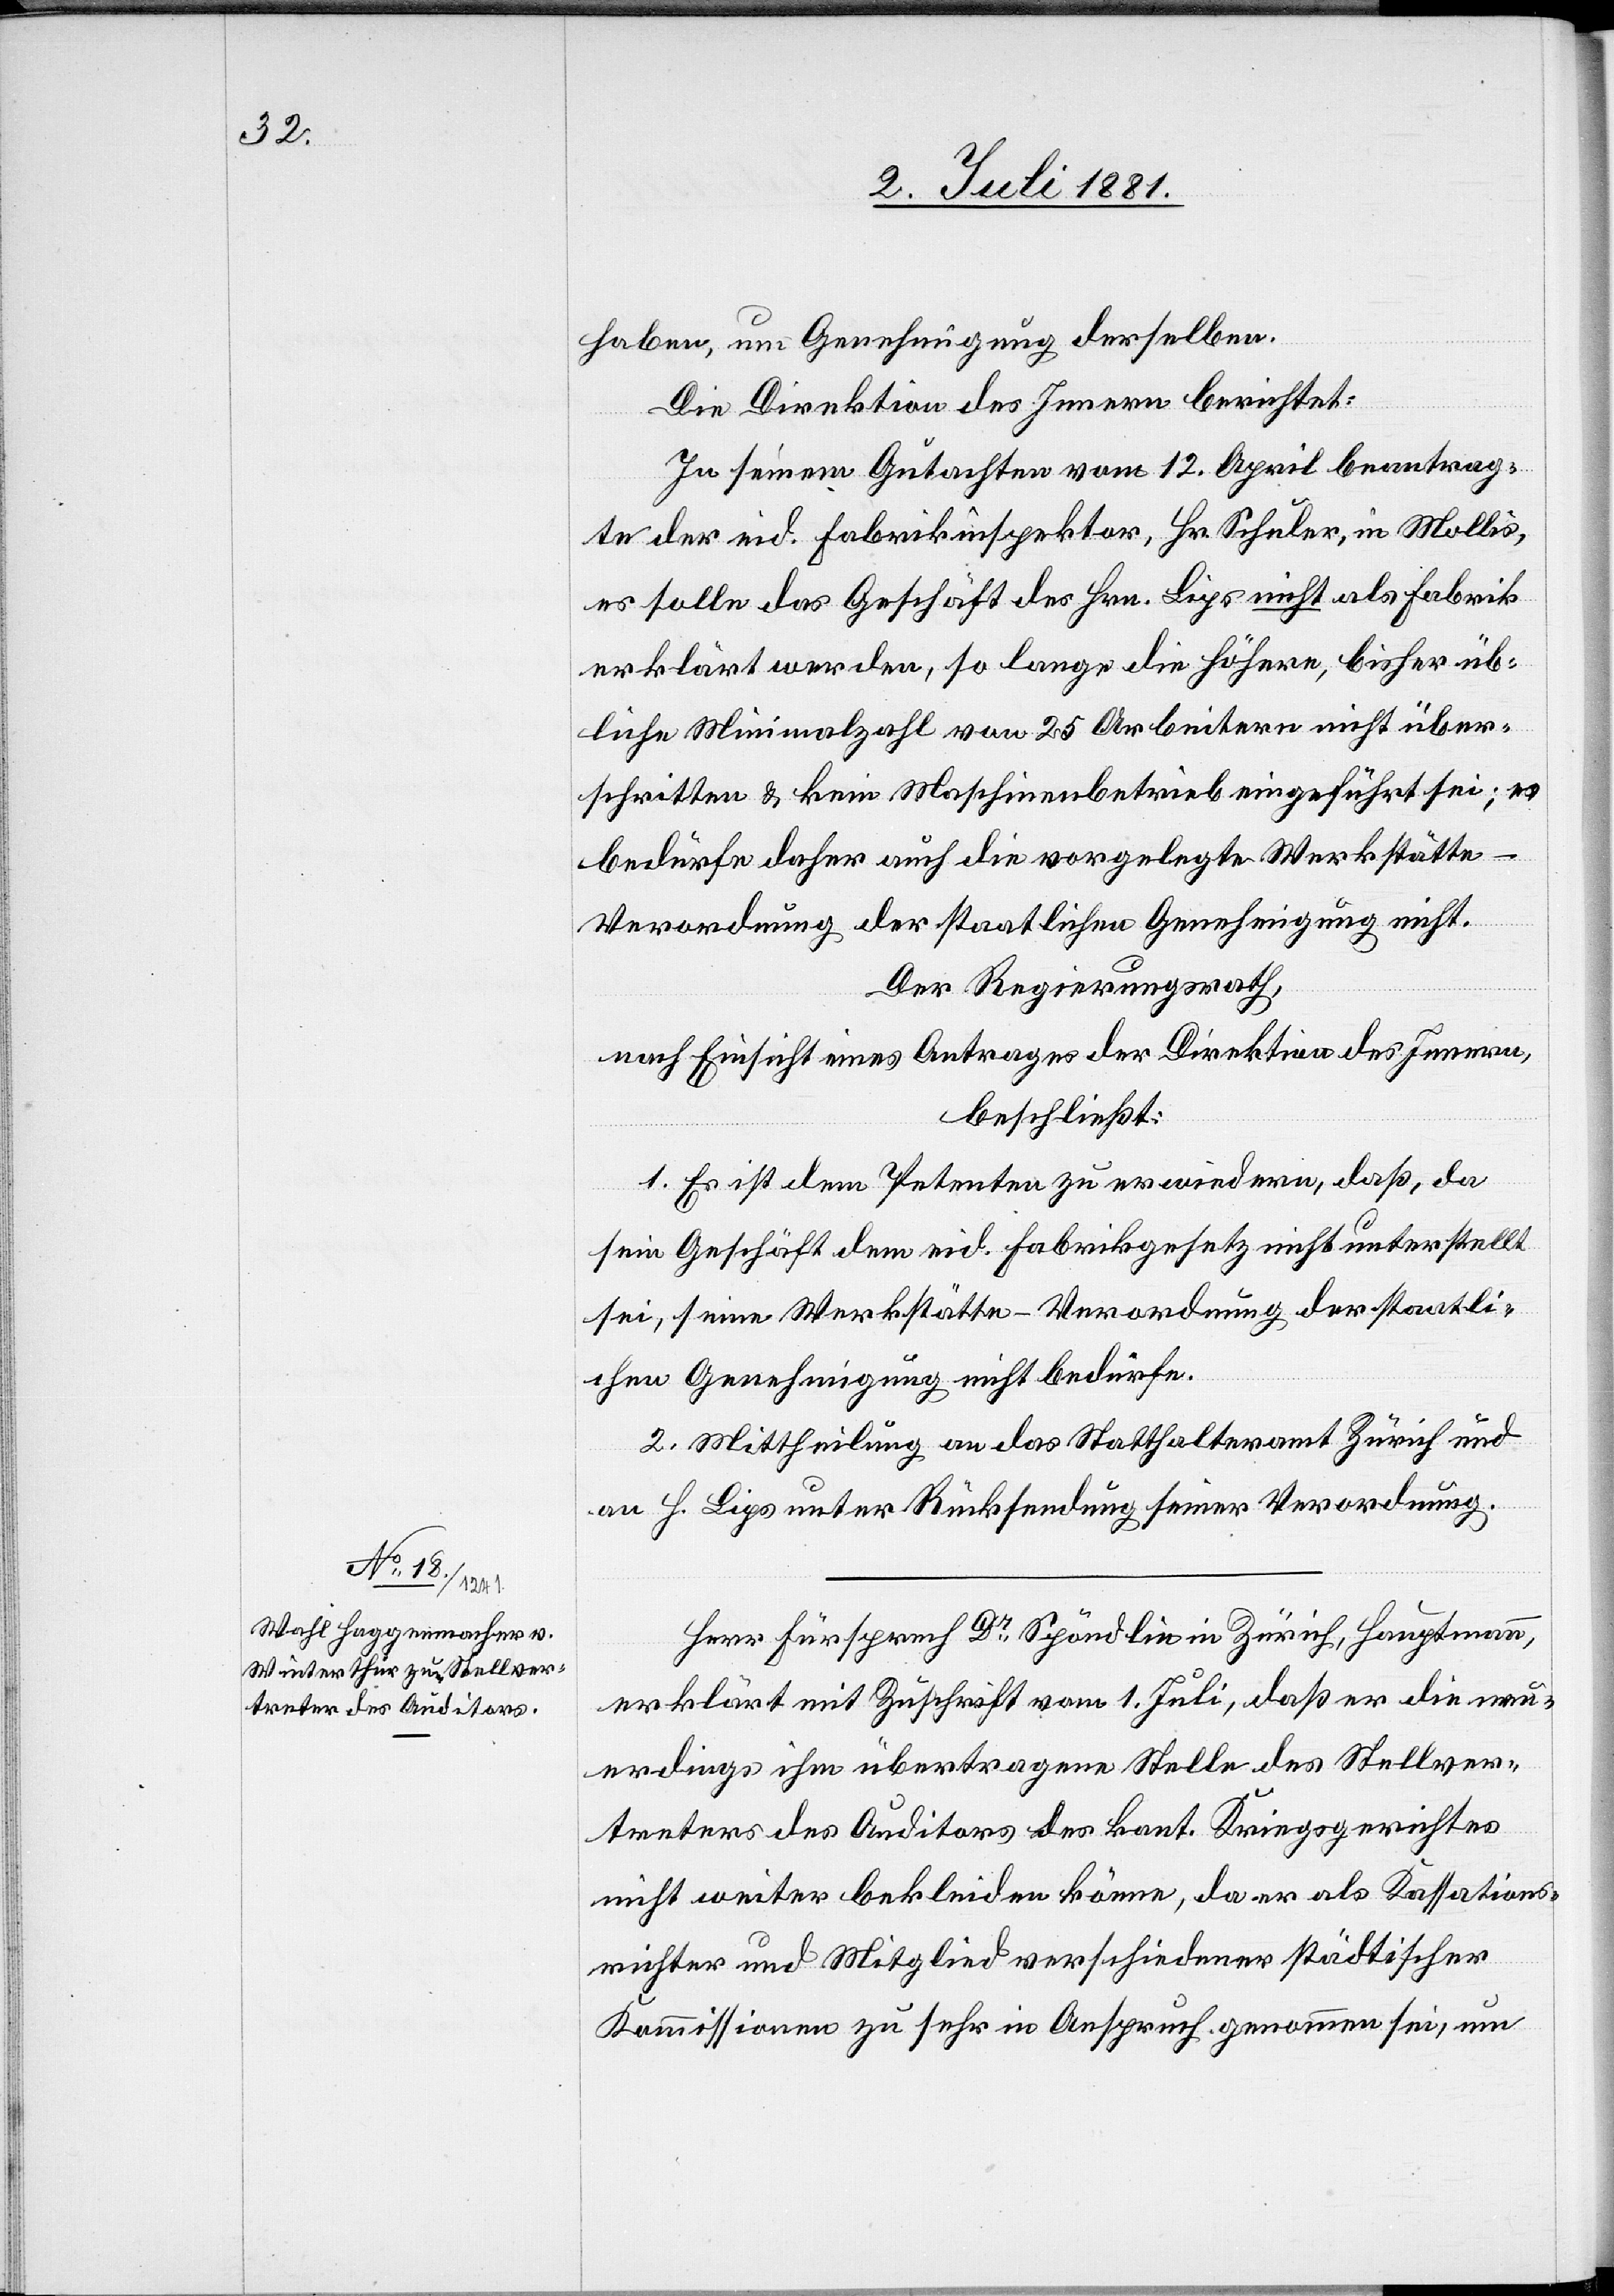
haben, um Genehmigung derselben.
Die Direktion des Innern berichtet:
In seinem Gutachten vom 12. April beantrag¬
te der eid. Fabrikinspektor, Hr. Schuler, in Mollis,
es solle das Geschäft des Hrn. Lips nicht als Fabrik
erklärt werden, so lange die Höhere, bisher üb¬
liche Minimalzahl von 25 Arbeitern nicht über¬
schritten & kein Maschinenbetrieb eingeführt sei; es
bedürfe daher auch die vorgelegte Werkstätte-V¬
erordnung der staatlichen Genehmigung nicht.
Der Regierungsrath,
nach Einsicht eines Antrages der Direktion des Innern,
beschließt:
1. Es ist dem Petenten zu erwiedern, daß, da
sein Geschäft dem eid. Fabrikgesetz nicht unterstellt
sei, seine Werkstätte-Verordnung der staatli¬
chen Genehmigung nicht bedürfe.
2. Mittheilung an das Statthalteramt Zürich und
an H. Lips unter Rücksendung seiner Verordnung.
Herr Fürsprech Dr Spöndlin in Zürich, Hauptmann,
erklärt mit Zuschrift vom 1. Juli, daß er die neu¬
erdings ihm übertragene Stelle des Stellver¬
treters des Auditors des kant. Kriegsgerichtes
nicht weiter bekleiden könne, da er als Kassations¬
richter und Mitglied verschiedener städtischer
Kommissionen zu sehr in Anspruch genommen sei, um